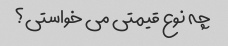
چه نوع قیمتی می خواستی؟